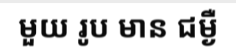
មួយ រូប មាន ជម្ងឺ